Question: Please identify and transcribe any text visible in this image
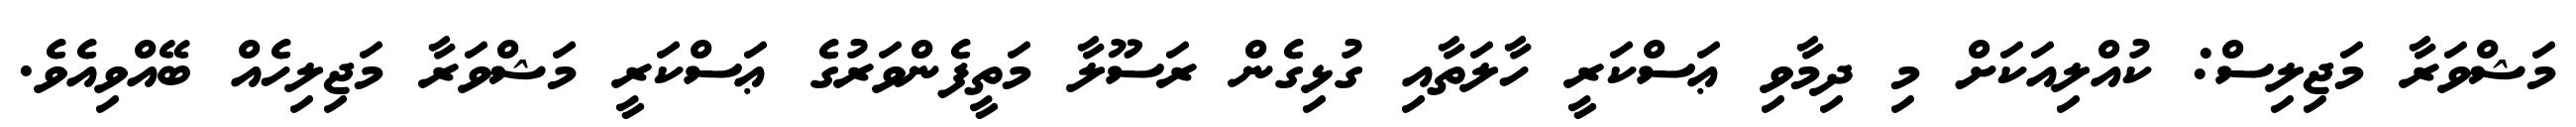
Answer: މަޝްވަރާ މަޖިލިސް: ކުއްލިއަކަށް މި ދިމާވި ޢަސްކަރީ ހާލަތާއި ގުޅިގެން ރަސޫލާ މަތީފެންވަރުގެ ޢަސްކަރީ މަޝްވަރާ މަޖިލިހެއް ބޭއްވިއެވެ.